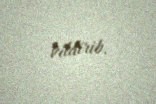
bildirib.